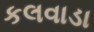
કલવાડા